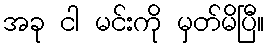
အခု ငါ မင်းကို မှတ်မိပြီ။